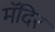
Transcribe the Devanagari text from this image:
मॅदिर